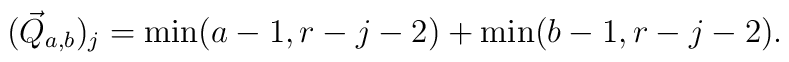
(\vec{Q}_{a,b})_j = \min(a-1,r-j-2)+\min(b-1,r-j-2).